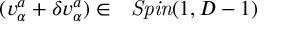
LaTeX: ( v _ { \alpha } ^ { { a } } + \delta v _ { \alpha } ^ { { a } } ) \in \mathrm { ~ { \it ~ S p i n } } ( 1 , D - 1 )